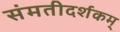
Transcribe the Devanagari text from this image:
संमतीदर्शकम्